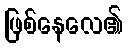
ဖြစ်နေလေ၏